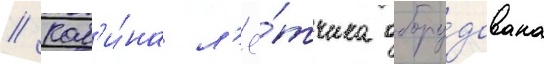
// Каб'и́на л'ё́тчика обору́дована